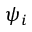
\psi _ { i }